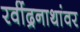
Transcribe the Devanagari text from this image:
रवींद्रनाथांवर